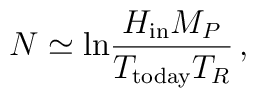
N \simeq {\rm ln}{H_{\rm in}M_P \over T_{\rm today} T_R}\, ,